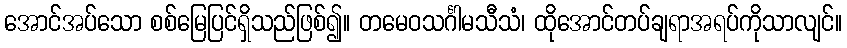
အောင်အပ်သော စစ်မြေပြင်ရှိသည်ဖြစ်၍။ တမေဝသင်္ဂါမသီသံ၊ ထိုအောင်တပ်ချရာအရပ်ကိုသာလျင်။